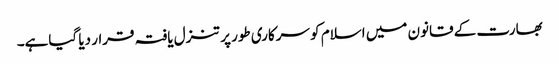
بھارت کے قانون میں اسلام کو سرکاری طور پر تنزل یافتہ قرار دیا گیاہے۔